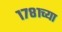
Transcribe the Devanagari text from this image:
१७८१च्या